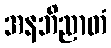
အနဘိညာတံ